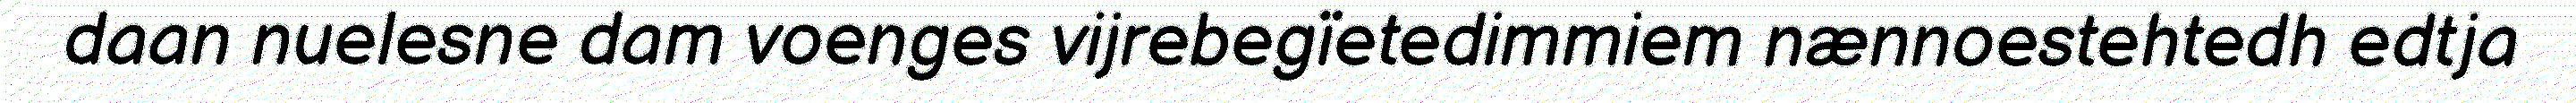
daan nuelesne dam voenges vijrebegïetedimmiem nænnoestehtedh edtja